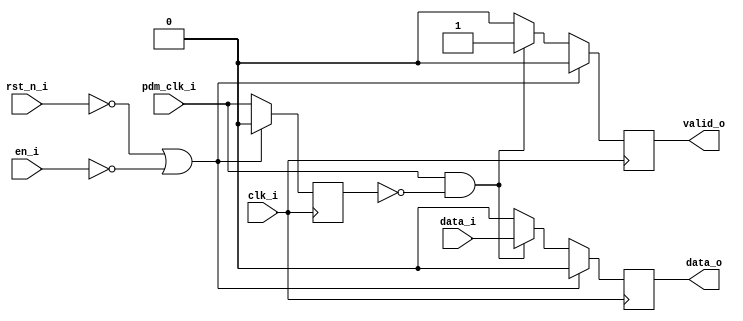
// =============================================================================
// Module:       Sampler
// Design:       Matthew Pauly
// Verification: Eldrick Millares
// Notes:
//
// Samples data coming from the microphone on the positive edge of the PDM
// clock. If timing is not being met, the PDM data transition phase can be
// shifted by 180 degrees by switching the microphone's left/right
// configuration.
// =============================================================================

module sampler (
    // clock and reset
    input                       clk_i,
    input                       rst_n_i,

    // input
    input                       en_i,
    input                       pdm_clk_i,
    input                       data_i,

    // streaming output
    output                      data_o,
    output                      valid_o
);

    // =========================================================================
    // PDM Clock Positive Edge Detection
    // =========================================================================
    reg pdm_clk_q;  // counts 0 to 3
    always @(posedge clk_i) begin
        if (!rst_n_i | !en_i) begin
            pdm_clk_q <= 'd0;
        end else begin
            pdm_clk_q <= pdm_clk_i;
        end
    end
    wire pdm_posedge = (pdm_clk_i & !pdm_clk_q);

    // =========================================================================
    // Data Sampling
    // =========================================================================
    reg data_q, valid_q;
    always @(posedge clk_i) begin
        if (!rst_n_i | !en_i) begin
            data_q <= 'd0;
            valid_q <= 'd0;
        end else begin
            if (pdm_posedge) begin
                data_q <= data_i;
                valid_q <= 'd1;
            end else begin
                data_q <= 'd0;
                valid_q <= 'd0;
            end
        end
    end

    // =========================================================================
    // Output Assignment
    // =========================================================================
    assign data_o  = data_q;
    assign valid_o = valid_q;

    // =========================================================================
    // Simulation Only Waveform Dump (.vcd export)
    // =========================================================================
    `ifdef COCOTB_SIM
    `ifndef SCANNED
    `define SCANNED
    initial begin
        $dumpfile ("wave.vcd");
        $dumpvars (0, sampler);
        #1;
    end
    `endif
    `endif

endmodule